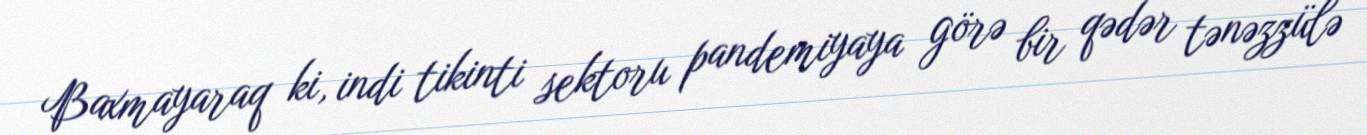
Baxmayaraq ki, indi tikinti sektoru pandemiyaya görə bir qədər tənəzzülə